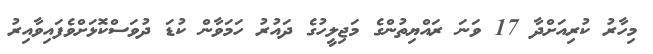
މިހާރު ކުރިއަށްދާ 17 ވަނަ ރައްޔިތުންގެ މަޖިލީހުގެ ދައުރު ހަމަވާން ކުޑަ ދުވަސްކޮޅަށްވެފައިވާއިރު